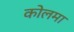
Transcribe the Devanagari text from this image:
कोलमा